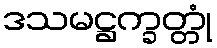
ဒသမဋ္ဌက္ခတ္တုံ